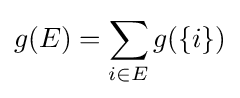
g(E)=\sum _{i\in E}g(\{i\})